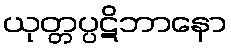
ယုတ္တပ္ပဋိဘာနော